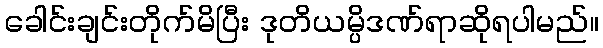
ခေါင်းချင်းတိုက်မိပြီး ဒုတိယမ္ပိဒဏ်ရာဆိုရပါမည်။